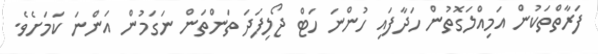
ފަރާތްތަކުން އަމިއްލަގޮތުން ހަދާފައި ހުންނަ ހަޓް ޖޯލިފަދަ ތަންތަން ނަގަމުން އަންނަ ކަމަށެވެ.